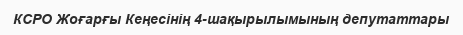
КСРО Жоғарғы Кеңесінің 4-шақырылымының депутаттары